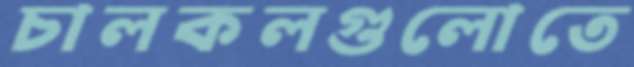
চালকলগুলোতে